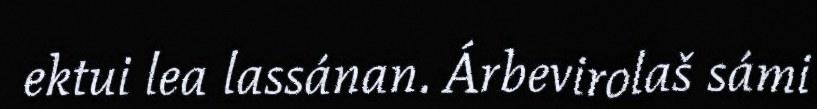
ektui lea lassánan. Árbevirolaš sámi